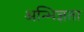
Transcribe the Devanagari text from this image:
अन्भिज्ञता